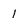
Character: 1